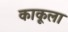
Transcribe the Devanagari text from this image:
काकूला